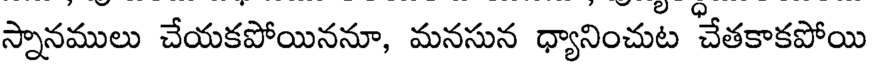
స్నానములు చేయకపోయిననూ, మనసున ధ్యానించుట 'చేతకాకపోయి